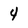
Character: 4